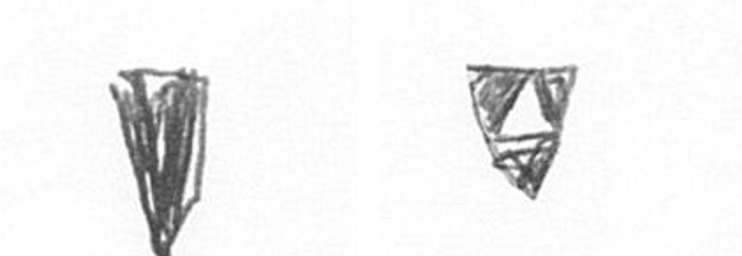
J S